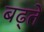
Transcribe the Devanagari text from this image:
बढ्ते